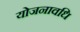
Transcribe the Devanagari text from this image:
योजनावधि